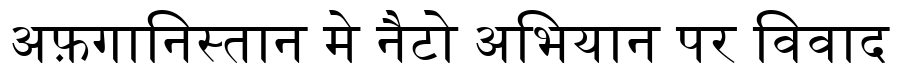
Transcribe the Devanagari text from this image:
अफ़गानिस्तान मे नैटो अभियान पर विवाद